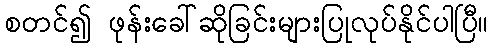
စတင်၍ ဖုန်းခေါ်ဆိုခြင်းများပြုလုပ်နိုင်ပါပြီ။